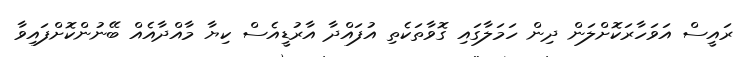
ރައީސް އަވަހާރަކޮށްލަން ދިން ހަމަލާގައި ގޮވާތަކެތި އުފައްދާ އާރުޑީއެސް ކިޔާ މާއްދާއެއް ބޭނުންކޮށްފައިވާ